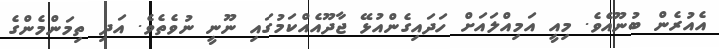
އެއުރެން ބުނޫއެވެ. މިއީ އަމިއްލައަށް ހަދައިގެންއުޅޭ ޖާދޫއެއްކަމުގައި ނޫނީ ނުވެތެވެ. އަދި ތިމަންމެންގެ